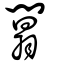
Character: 闒